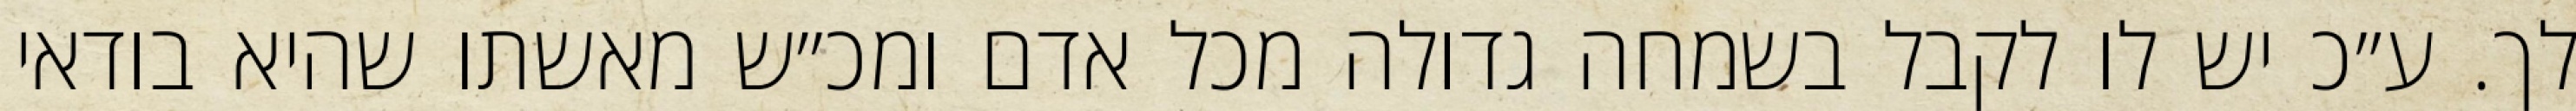
לך. ע״כ יש לו לקבל בשמחה גדולה מכל אדם ומכ״ש מאשתו שהיא בודאי